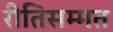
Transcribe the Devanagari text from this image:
रीतिसम्मत